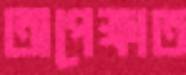
অপেক্ষাত